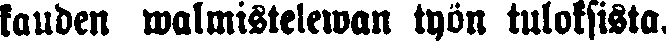
kauden walmistelewan työn tuloksista.